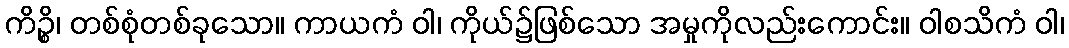
ကိဉ္စိ၊ တစ်စုံတစ်ခုသော။ ကာယကံ ဝါ၊ ကိုယ်၌ဖြစ်သော အမှုကိုလည်းကောင်း။ ဝါစသိကံ ဝါ၊